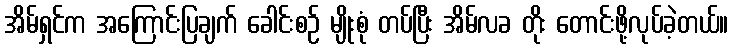
အိမ်ရှင်က အကြောင်းပြချက် ခေါင်းစဉ် မျိုးစုံ တပ်ပြီး အိမ်လခ တိုး တောင်းဖို့လုပ်ခဲ့တယ်။